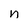
Character: n